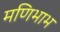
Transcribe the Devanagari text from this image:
मणिभाभ